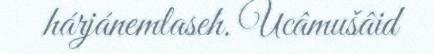
hárjánemlaseh. Ucâmušâid